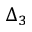
\Delta _ { 3 }